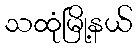
သထုံမြို့နယ်